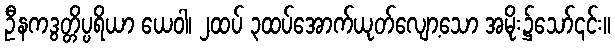
ဦနကဒွတ္တိပ္ပရိယာ ယေဝါ၊ ၂ထပ် ၃ထပ်အောက်ယုတ်လျော့သော အမိုး၌သော်၎င်း။